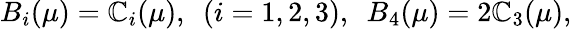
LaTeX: B_{i}(\mu)=\mathbb{C}_{i}(\mu),\ \ (i=1,2,3),\ \ B_{4}(\mu)=2\mathbb{C}_{3}(\mu),